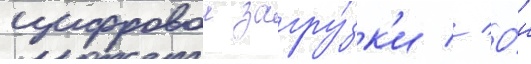
цифровои загру́зк'и // О́н